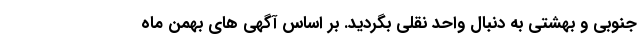
جنوبی و بهشتی به دنبال واحد نقلی بگردید. بر اساس آگهی های بهمن ماه